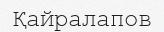
Қайралапов